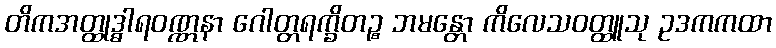
တိကအတ္ထုဒ္ဓါရဝဏ္ဏနာ ဂေါတ္တရက္ခိတဉ္စ ဘမန္တော ကိလေသဝတ္ထူသု ဥဒကကထာ